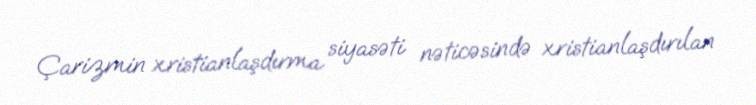
Çarizmin xristianlaşdırma siyasəti nəticəsində xristianlaşdırılan